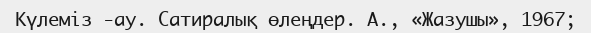
Күлеміз -ау. Сатиралық өлеңдер. А., «Жазушы», 1967;